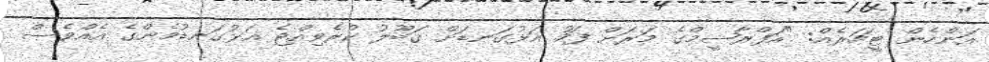
އަންހެން ޓީޗަރެއް: "އަފްރާޝީމްގެ މަރަށް ފަހު އަޅުގަނޑަށް ގަބޫލު ކުރެވިއްޖެ އަޅުގަނޑުމެންގެ އެއްވެސް